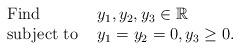
LaTeX: \begin{align*}\begin{array}{ll}\mbox{Find} & y_1,y_2,y_3 \in \mathbb{R}\\ \mbox{{subject to }} & y_1 = y_2 = 0, y_3 \ge 0.\end{array} \end{align*}